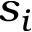
s _ { i }